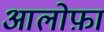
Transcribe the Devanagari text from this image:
आलोफ़ा